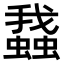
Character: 𧒎